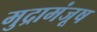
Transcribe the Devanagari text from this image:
मुद्रामंजूष